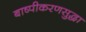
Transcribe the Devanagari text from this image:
बाष्पीकरणसुद्धा